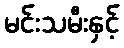
မင်းသမီးနှင့်